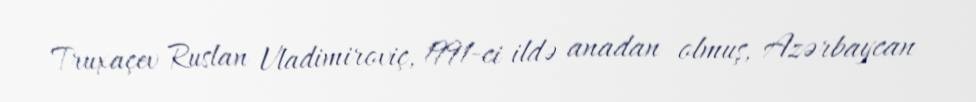
Truxaçev Ruslan Vladimiroviç, 1991-ci ildə anadan olmuş, Azərbaycan